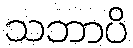
သဘာပိ